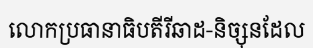
លោកប្រធានាធិបតីរីឆាដ-និច្សុនដែល